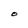
Character: O